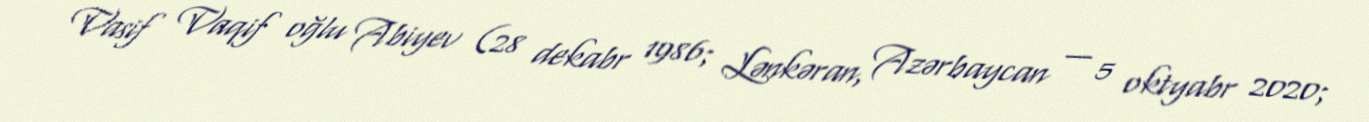
Vasif Vaqif oğlu Abiyev (28 dekabr 1986; Lənkəran, Azərbaycan — 5 oktyabr 2020;